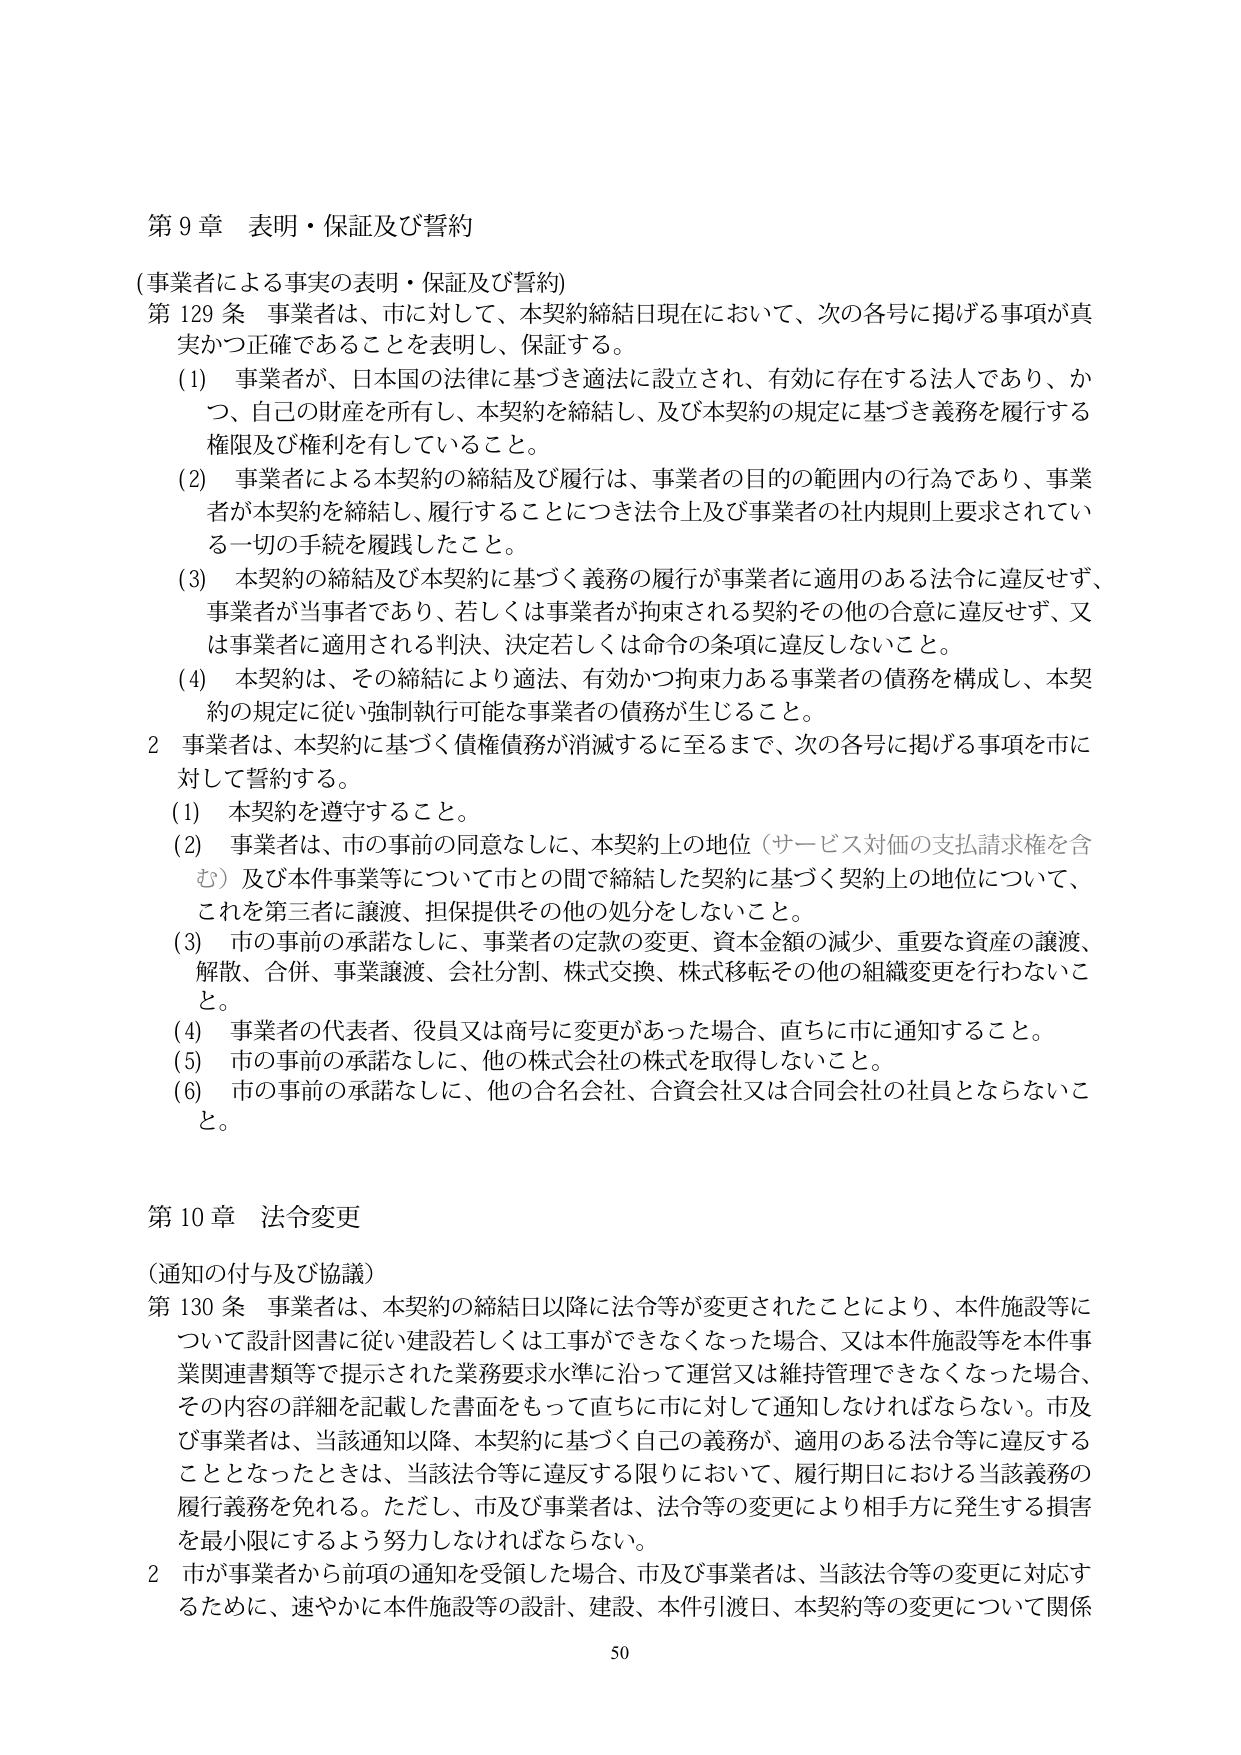
第９章 表明・保証及び誓約

（事業者による事実の表明・保証及び誓約）

第129条 事業者は、市に対して、本契約締結日現在において、次の各号に掲げる事項が真実かつ正確であることを表明し、保証する。

（1） 事業者が、日本国の法律に基づき適法に設立され、有効に存在する法人であり、かつ、自己の財産を所有し、本契約を締結し、及び本契約の規定に基づき義務を履行する権限及び権利を有していること。

（2） 事業者による本契約の締結及び履行は、事業者の目的の範囲内の行為であり、事業者が本契約を締結し、履行することにつき法令上及び事業者の社内規則上要求されている一切の手続を履践したこと。

（3） 本契約の締結及び本契約に基づく義務の履行が事業者に適用のある法令に違反せず、事業者が当事者であり、若しくは事業者が拘束される契約その他の合意に違反せず、又は事業者に適用される判決、決定若しくは命令の条項に違反しないこと。

（4） 本契約は、その締結により適法、有効かつ拘束力ある事業者の債務を構成し、本契約の規定に従い強制執行可能な事業者の債務が生じること。

2 事業者は、本契約に基づく債権債務が消滅するに至るまで、次の各号に掲げる事項を市に対して誓約する。

（1） 本契約を遵守すること。

（2） 事業者は、市の事前の同意なしに、本契約上の地位（サービス対価の支払請求権を含む）及び本件事業等について市との間で締結した契約に基づく契約上の地位について、これを第三者に譲渡、担保提供その他の処分をしないこと。

（3） 市の事前の承諾なしに、事業者の定款の変更、資本金額の減少、重要な資産の譲渡、解散、合併、事業譲渡、会社分割、株式交換、株式移転その他の組織変更を行わないこと。

（4） 事業者の代表者、役員又は商号に変更があった場合、直ちに市に通知すること。

（5） 市の事前の承諾なしに、他の株式会社の株式を取得しないこと。

（6） 市の事前の承諾なしに、他の合名会社、合資会社又は合同会社の社員とならないこと。

第10章 法令変更

（通知の付与及び協議）

第130条 事業者は、本契約の締結日以降に法令等が変更されたことにより、本件施設等について設計図書に従い建設若しくは工事ができなくなった場合、又は本件施設等を本件事業関連書類等で提示された業務要求水準に沿って運営又は維持管理できなくなった場合、その内容の詳細を記載した書面をもって直ちに市に対して通知しなければならない。市及び事業者は、当該通知以降、本契約に基づく自己の義務が、適用のある法令等に違反することとなったときは、当該法令等に違反する限りにおいて、履行期日における当該義務の履行義務を免れる。ただし、市及び事業者は、法令等の変更により相手方に発生する損害を最小限にするよう努力しなければならない。

2 市が事業者から前項の通知を受領した場合、市及び事業者は、当該法令等の変更に対応するために、速やかに本件施設等の設計、建設、本件引渡日、本契約等の変更について関係

50